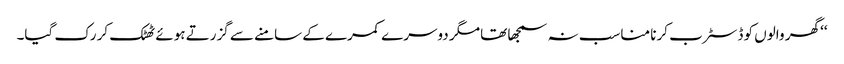
‘‘ گھر والوں کو ڈسٹرب کرنا مناسب نہ سمجھا تھا مگر دوسرے کمرے کے سامنے سے گزرتے ہوئے ٹھٹک کر رک گیا۔